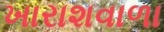
ખારાશવાળા